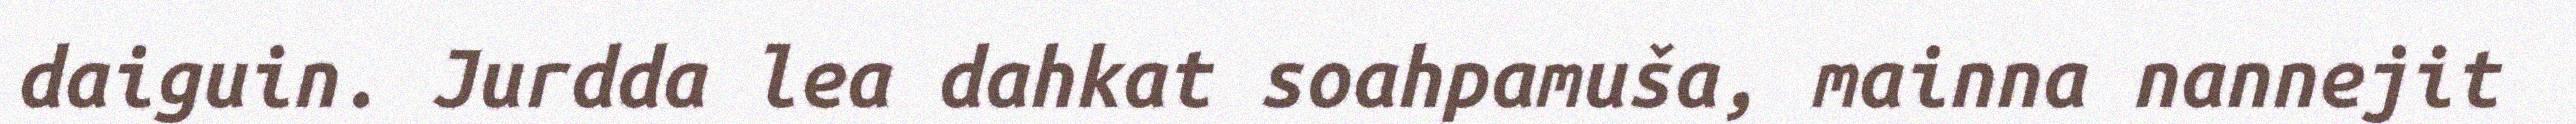
daiguin. Jurdda lea dahkat soahpamuša, mainna nannejit